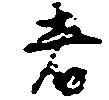
者